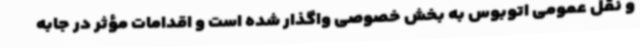
و نقل عمومی اتوبوس به بخش خصوصی واگذار شده است و اقدامات مؤثر در جابه